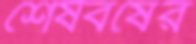
শেষবর্ষের